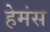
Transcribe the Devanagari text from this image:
हेमंस